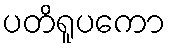
ပတိရူပကော